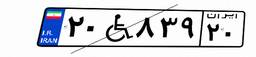
۲۰W۸۳۹۲۰